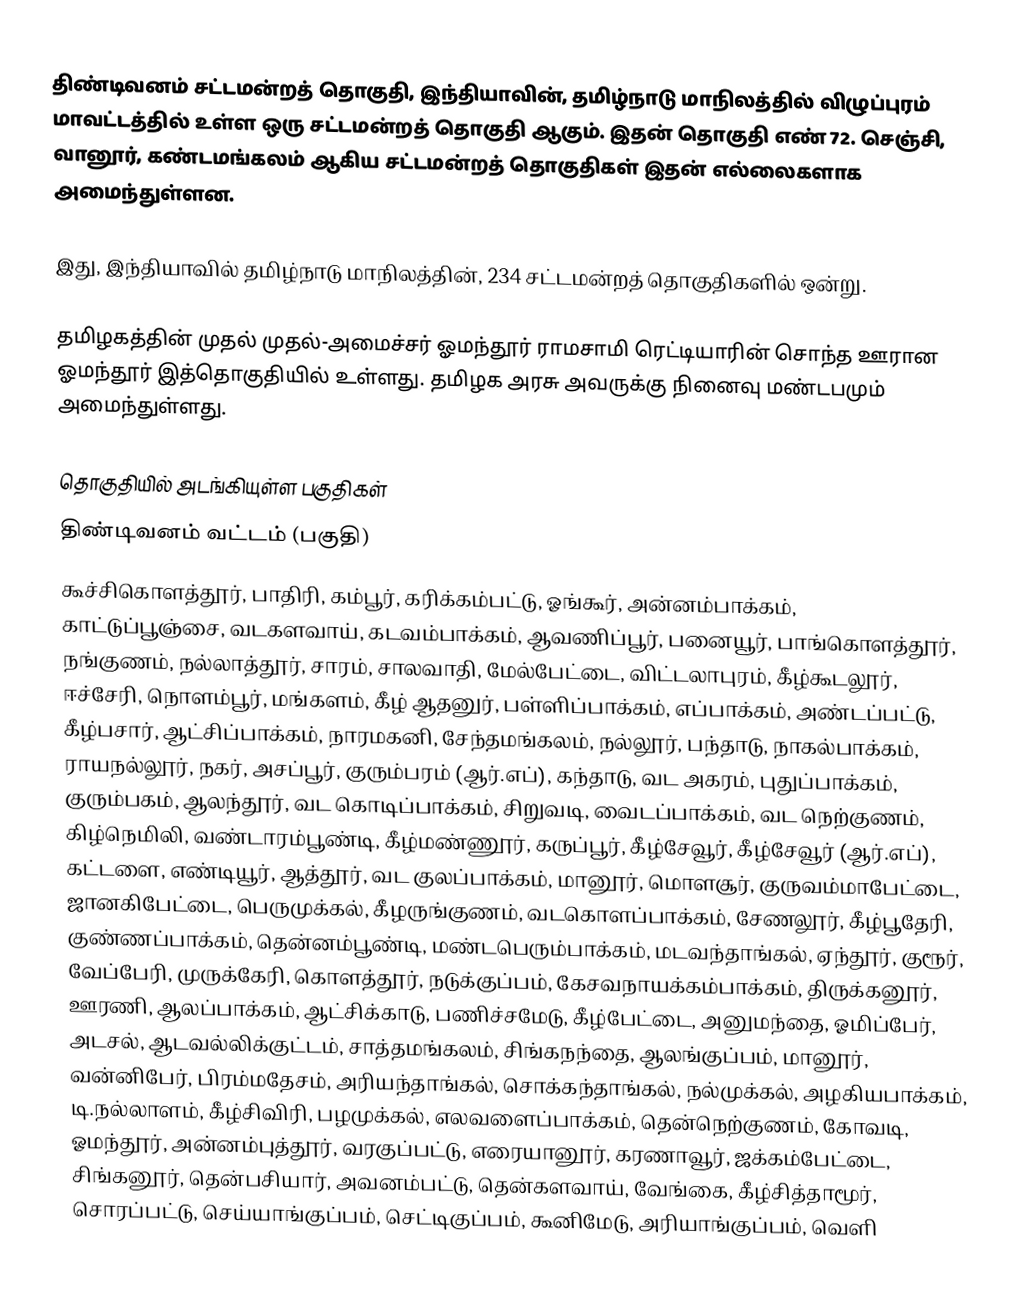
திண்டிவனம் சட்டமன்றத் தொகுதி, இந்தியாவின், தமிழ்நாடு மாநிலத்தில்  விழுப்புரம் மாவட்டத்தில் உள்ள ஒரு சட்டமன்றத் தொகுதி ஆகும். இதன் தொகுதி எண் 72. செஞ்சி, வானூர், கண்டமங்கலம் ஆகிய சட்டமன்றத் தொகுதிகள் இதன் எல்லைகளாக அமைந்துள்ளன.

இது, இந்தியாவில் தமிழ்நாடு மாநிலத்தின், 234 சட்டமன்றத் தொகுதிகளில் ஒன்று.

தமிழகத்தின் முதல் முதல்-அமைச்சர் ஓமந்தூர் ராமசாமி ரெட்டியாரின் சொந்த ஊரான ஓமந்தூர் இத்தொகுதியில் உள்ளது. தமிழக அரசு அவருக்கு நினைவு மண்டபமும் அமைந்துள்ளது.

தொகுதியில் அடங்கியுள்ள பகுதிகள்
திண்டிவனம் வட்டம் (பகுதி)
கூச்சிகொளத்தூர், பாதிரி, கம்பூர், கரிக்கம்பட்டு, ஓங்கூர், அன்னம்பாக்கம், காட்டுப்பூஞ்சை, வடகளவாய், கடவம்பாக்கம், ஆவணிப்பூர், பனையூர், பாங்கொளத்தூர், நங்குணம், நல்லாத்தூர், சாரம், சாலவாதி, மேல்பேட்டை, விட்டலாபுரம், கீழ்கூடலூர், ஈச்சேரி, நொளம்பூர், மங்களம், கீழ் ஆதனுர், பள்ளிப்பாக்கம், எப்பாக்கம், அண்டப்பட்டு, கீழ்பசார், ஆட்சிப்பாக்கம், நாரமகனி, சேந்தமங்கலம், நல்லூர், பந்தாடு, நாகல்பாக்கம், ராயநல்லூர், நகர், அசப்பூர், குரும்பரம் (ஆர்.எப்), கந்தாடு, வட அகரம், புதுப்பாக்கம், குரும்பகம், ஆலந்தூர், வட கொடிப்பாக்கம், சிறுவடி, வைடப்பாக்கம், வட நெற்குணம், கிழ்நெமிலி, வண்டாரம்பூண்டி, கீழ்மண்ணூர், கருப்பூர், கீழ்சேவூர், கீழ்சேவூர் (ஆர்.எப்), கட்டளை, எண்டியூர், ஆத்தூர், வட குலப்பாக்கம், மானூர், மொளசூர், குருவம்மாபேட்டை, ஜானகிபேட்டை, பெருமுக்கல், கீழருங்குணம், வடகொளப்பாக்கம், சேணலூர், கீழ்பூதேரி, குண்ணப்பாக்கம், தென்னம்பூண்டி, மண்டபெரும்பாக்கம், மடவந்தாங்கல், ஏந்தூர், குரூர், வேப்பேரி, முருக்கேரி, கொளத்தூர், நடுக்குப்பம், கேசவநாயக்கம்பாக்கம், திருக்கனூர், ஊரணி, ஆலப்பாக்கம், ஆட்சிக்காடு, பணிச்சமேடு, கீழ்பேட்டை, அனுமந்தை, ஓமிப்பேர், அடசல், ஆடவல்லிக்குட்டம், சாத்தமங்கலம், சிங்கநந்தை, ஆலங்குப்பம், மானூர், வன்னிபேர், பிரம்மதேசம், அரியந்தாங்கல், சொக்கந்தாங்கல், நல்முக்கல், அழகியபாக்கம், டி.நல்லாளம், கீழ்சிவிரி, பழமுக்கல், எலவளைப்பாக்கம், தென்நெற்குணம், கோவடி, ஓமந்தூர், அன்னம்புத்தூர், வரகுப்பட்டு, எரையானூர், கரணாவூர், ஜக்கம்பேட்டை, சிங்கனூர், தென்பசியார், அவனம்பட்டு, தென்களவாய், வேங்கை, கீழ்சித்தாமூர், சொரப்பட்டு, செய்யாங்குப்பம், செட்டிகுப்பம், கூனிமேடு, அரியாங்குப்பம், வெளி